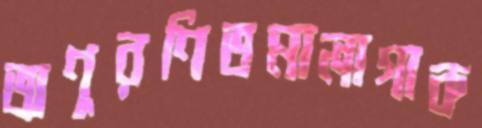
অণুরণিতমালাগাক